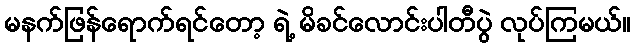
မနက်ဖြန်ရောက်ရင်တော့ ရဲ့ မိခင်လောင်းပါတီပွဲ လုပ်ကြမယ်။